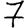
Digit: 7